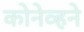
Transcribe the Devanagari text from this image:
कोनेव्हने